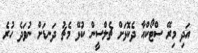
އަދި މިރޭ ސްޓޯކްއާ ދެކޮޅަށް ޗެލްސީން ކުޅޭ މެޗު ދަނޑަށް ނުވަދެ ހުރެ